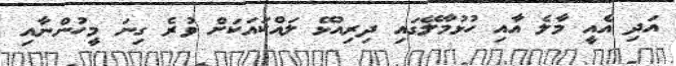
އަދި އެއީ މާލެ އާއި ހުޅުމާލޭގައި ދިރިއުޅޭ ލައްކައަކަށް ވުރެ ގިނަ މީހުންނާއި